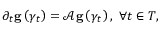
\begin{array} { r } { \partial _ { t } \mathbf { g } \left( \gamma _ { t } \right) = \mathcal { A } \mathbf { g } \left( \gamma _ { t } \right) , \; \forall t \in T , } \end{array}